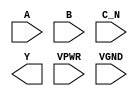
module sky130_fd_sc_hs__nor3b (
    //# {{data|Data Signals}}
    input  A   ,
    input  B   ,
    input  C_N ,
    output Y   ,

    //# {{power|Power}}
    input  VPWR,
    input  VGND
);
endmodule